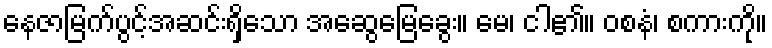
နေဇာမြက်ပွင့်အဆင်းရှိသော အဆွေမြေခွေး။ မေ၊ ငါ၏။ ဝစနံ၊ စကားကို။